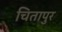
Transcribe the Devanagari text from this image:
चितापुर